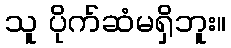
သူ ပိုက်ဆံမရှိဘူး။